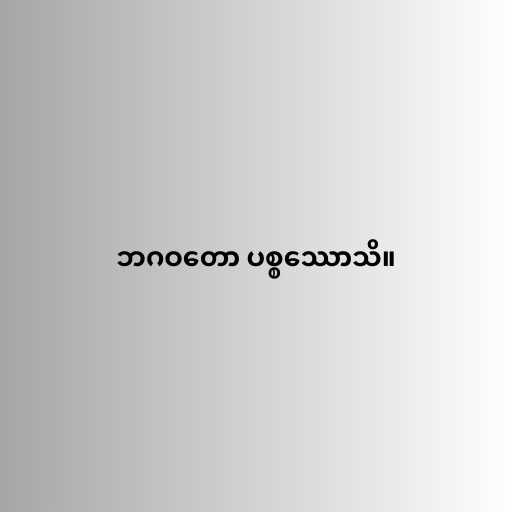
ဘဂဝတော ပစ္စဿောသိ။